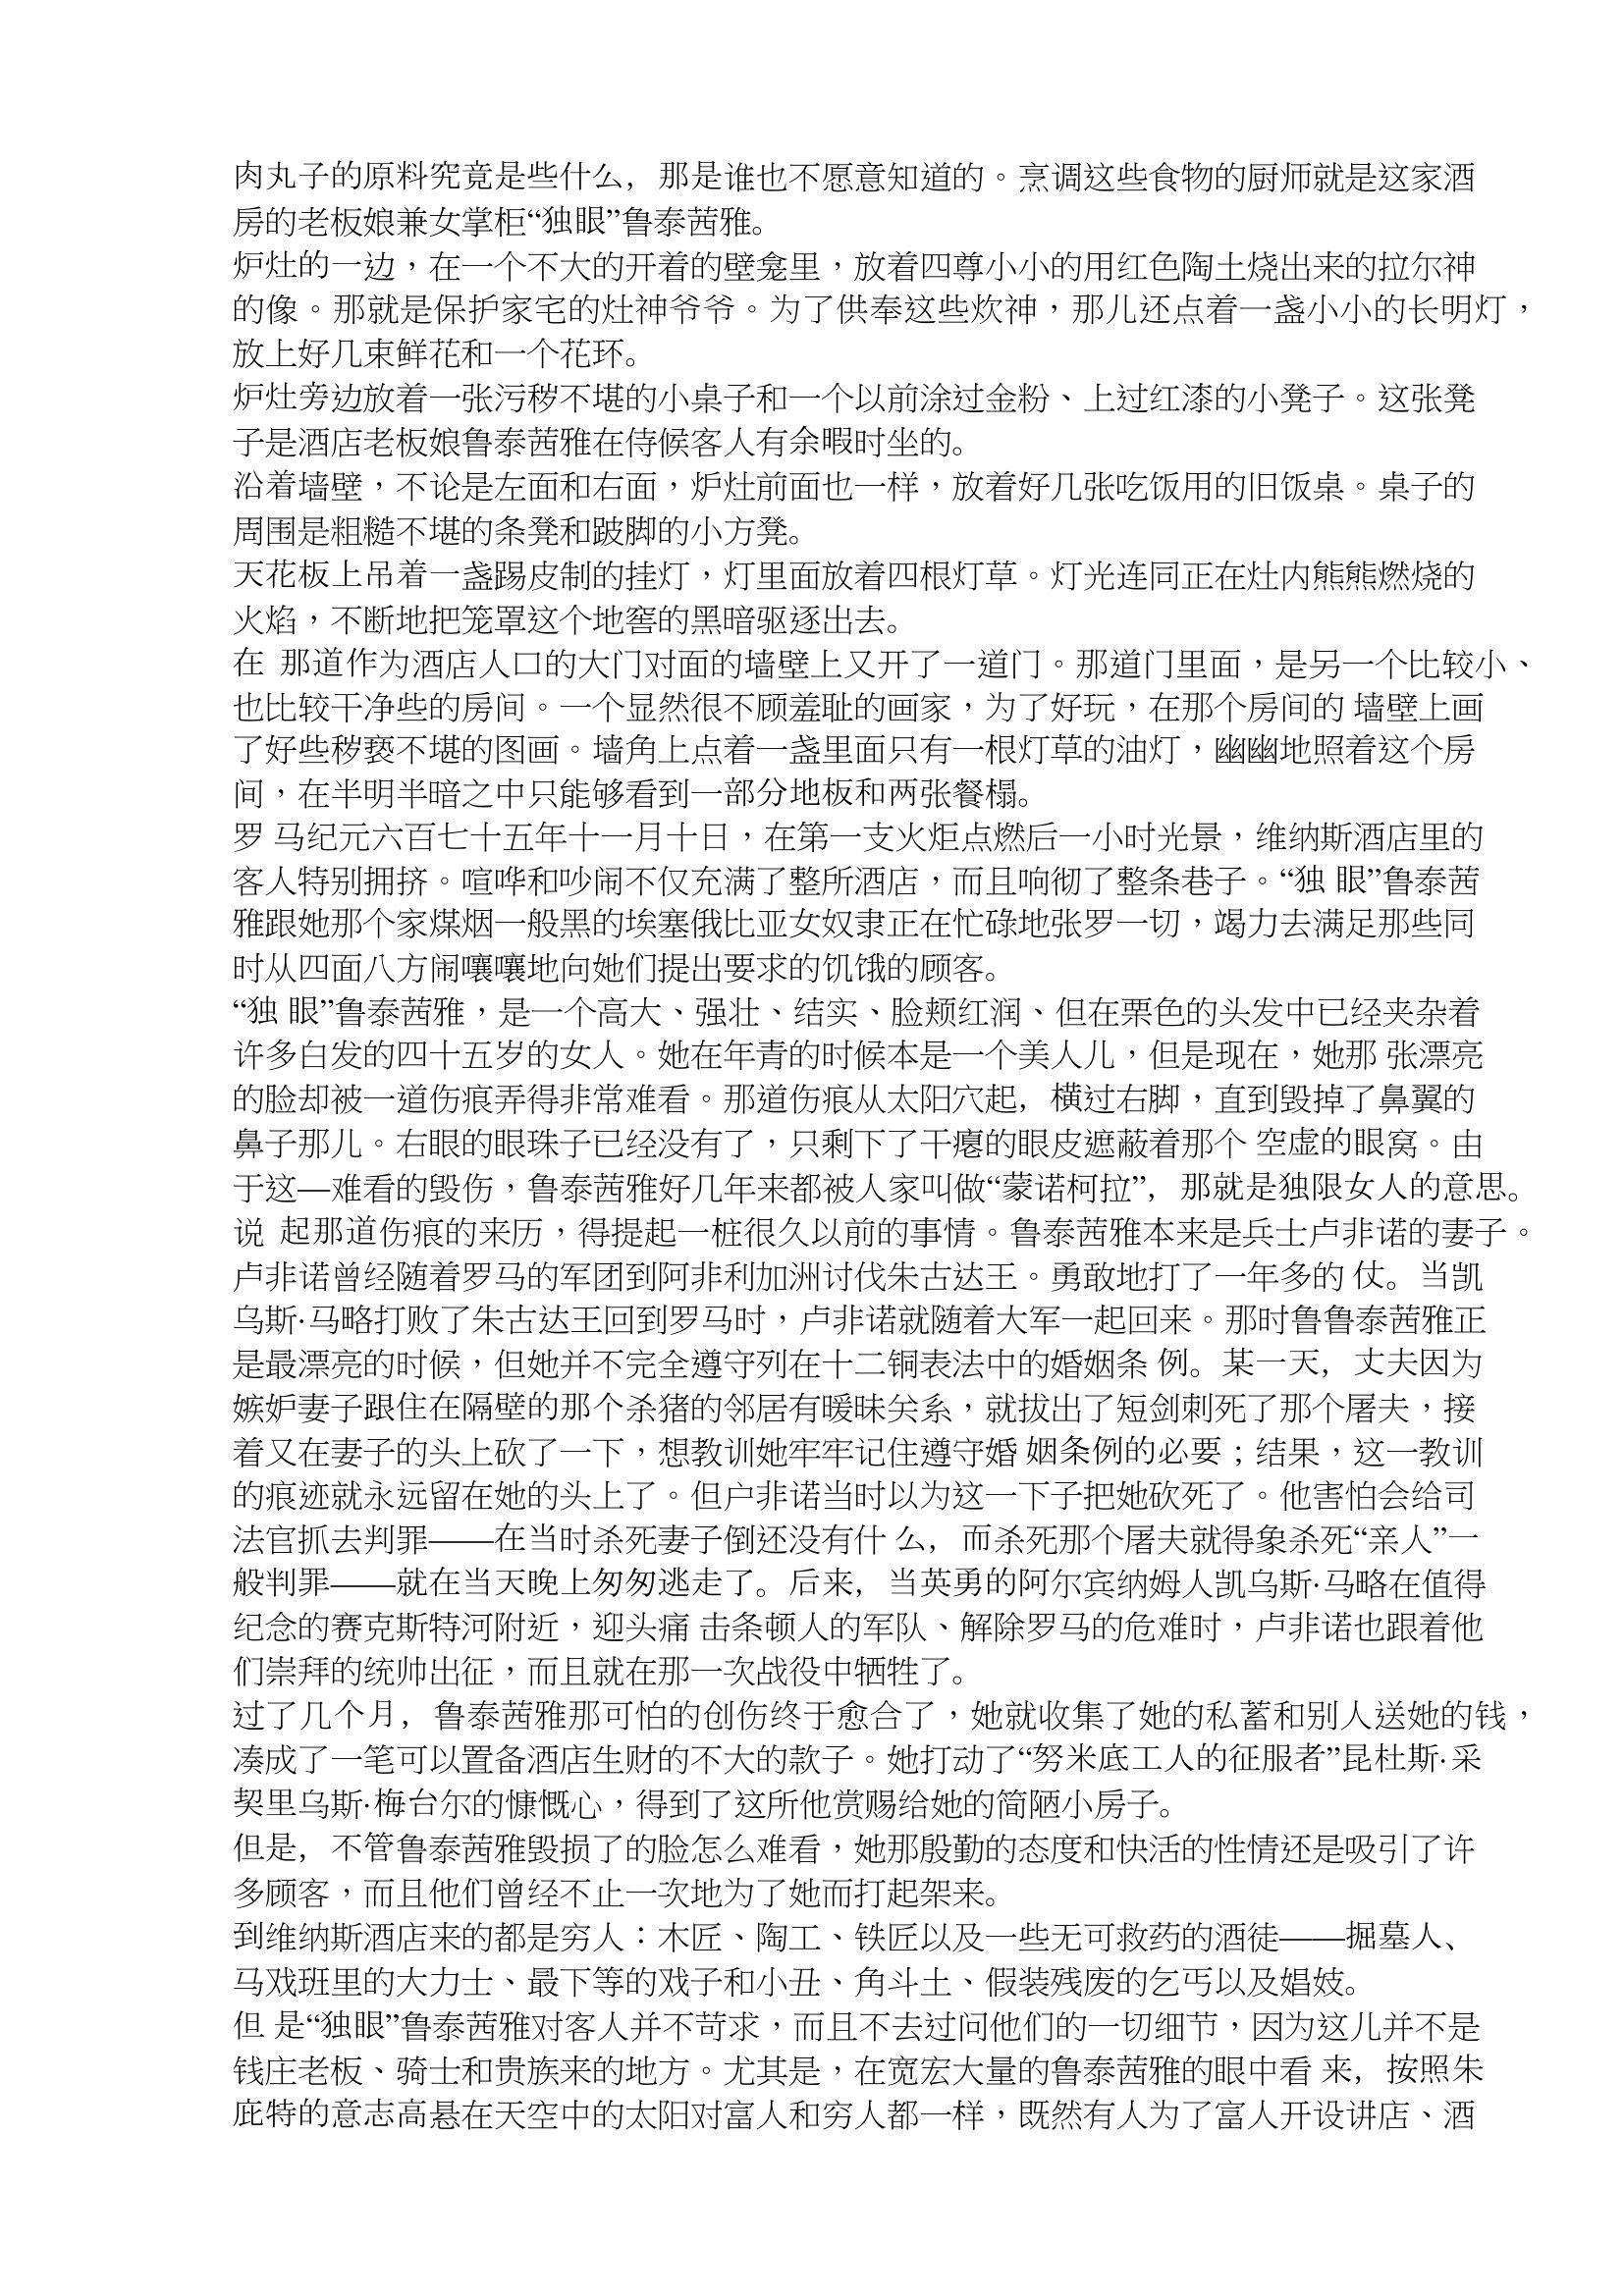
Language: zh